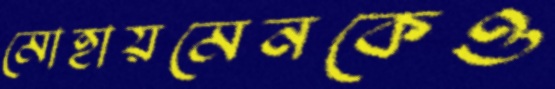
মোহায়মেনকেও